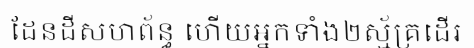
ដែនដីសហព័ន្ធ ហើយអ្នកទាំង២ស្ម័គ្រដើរ